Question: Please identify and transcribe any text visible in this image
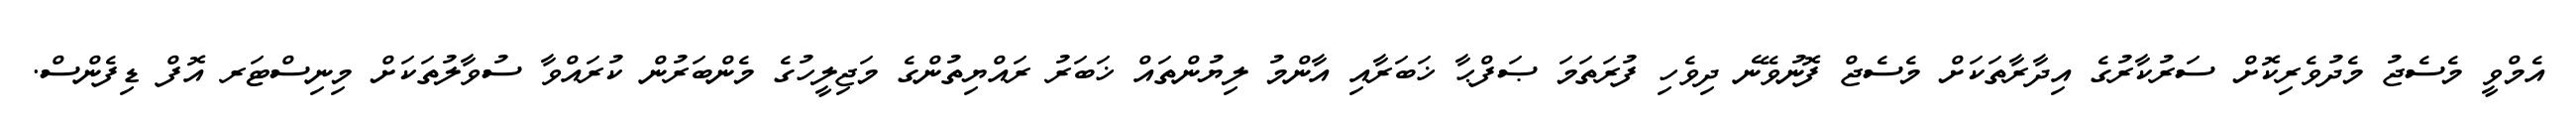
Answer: އެމްވީ މެސެޖު މެދުވެރިކޮށް ސަރުކާރުގެ އިދާރާތަކަށް މެސެޖް ފޮނުވޭނެ ދިވެހި ފުރަތަމަ ޞަފްޙާ ޚަބަރާއި އާންމު ލިޔުންތައް ޚަބަރު ރައްޔިތުންގެ މަޖިލީހުގެ މެންބަރުން ކުރައްވާ ސުވާލުތަކަށް މިނިސްޓަރ އޮފް ޑިފެންސް.